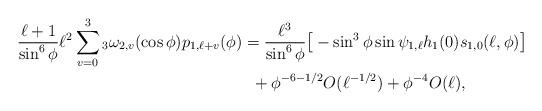
LaTeX: \begin{align*} \frac{\ell+1}{\sin^6 \phi} \ell^2 \sum_{v=0}^{3} {_3}\omega_{2,v}(\cos \phi) p_{1,\ell+v}(\phi) &= \frac{\ell^3}{\sin^6 \phi} \big[- \sin^3 \phi \sin \psi_{1,\ell} h_{1}(0) s_{1,0}(\ell,\phi) \big]\\&\;\;+ \phi^{-6-1/2}O(\ell^{-1/2})+\phi^{-4} O(\ell), \end{align*}